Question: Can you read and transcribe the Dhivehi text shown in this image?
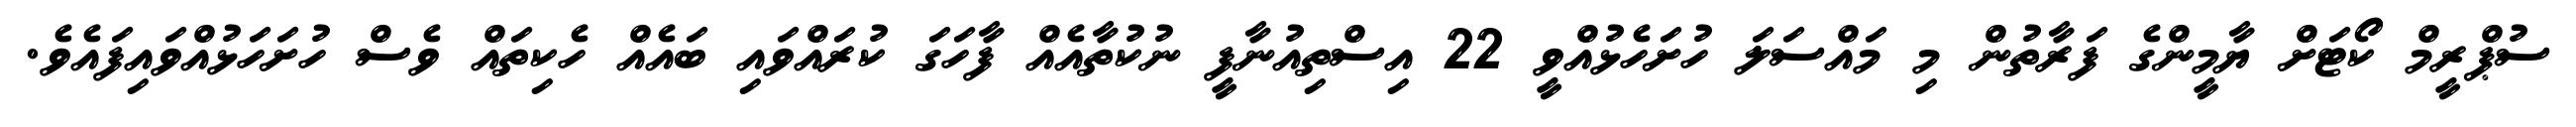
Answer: ސުޕްރީމް ކޯޓަށް ޔާމީންގެ ފަރާތުން މި މައްސަލަ ހުށަހެޅުއްވީ 22 އިސްތިއުނާފީ ނުކުތާއެއް ފާހަގަ ކުރައްވައި ބައެއް ހެކިތައް ވެސް ހުށަހަޅުއްވައިފައެވެ.